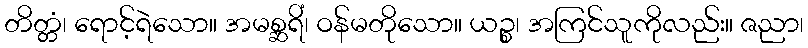
တိတ္တံ၊ ရောင့်ရဲသော။ အမစ္ဆရိံ၊ ဝန်မတိုသော။ ယဉ္စ၊ အကြင်သူကိုလည်း။ ဇညာ၊